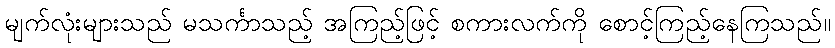
မျက်လုံးများသည် မသင်္ကာသည့် အကြည့်ဖြင့် စကားလက်ကို စောင့်ကြည့်နေကြသည်။